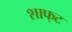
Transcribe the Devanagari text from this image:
शाफ्‌ट